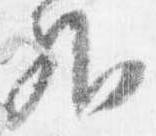
外